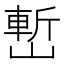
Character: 㟻